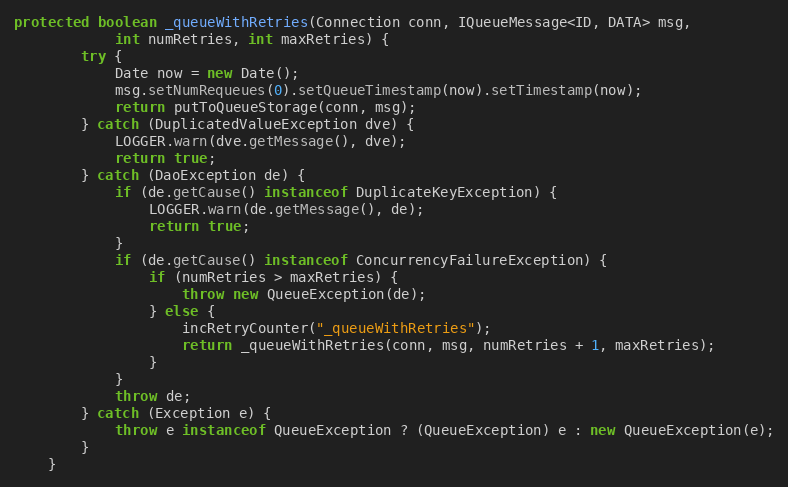
Language: Java
protected boolean _queueWithRetries(Connection conn, IQueueMessage<ID, DATA> msg,
            int numRetries, int maxRetries) {
        try {
            Date now = new Date();
            msg.setNumRequeues(0).setQueueTimestamp(now).setTimestamp(now);
            return putToQueueStorage(conn, msg);
        } catch (DuplicatedValueException dve) {
            LOGGER.warn(dve.getMessage(), dve);
            return true;
        } catch (DaoException de) {
            if (de.getCause() instanceof DuplicateKeyException) {
                LOGGER.warn(de.getMessage(), de);
                return true;
            }
            if (de.getCause() instanceof ConcurrencyFailureException) {
                if (numRetries > maxRetries) {
                    throw new QueueException(de);
                } else {
                    incRetryCounter("_queueWithRetries");
                    return _queueWithRetries(conn, msg, numRetries + 1, maxRetries);
                }
            }
            throw de;
        } catch (Exception e) {
            throw e instanceof QueueException ? (QueueException) e : new QueueException(e);
        }
    }